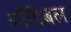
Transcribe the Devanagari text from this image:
ऑडिबल